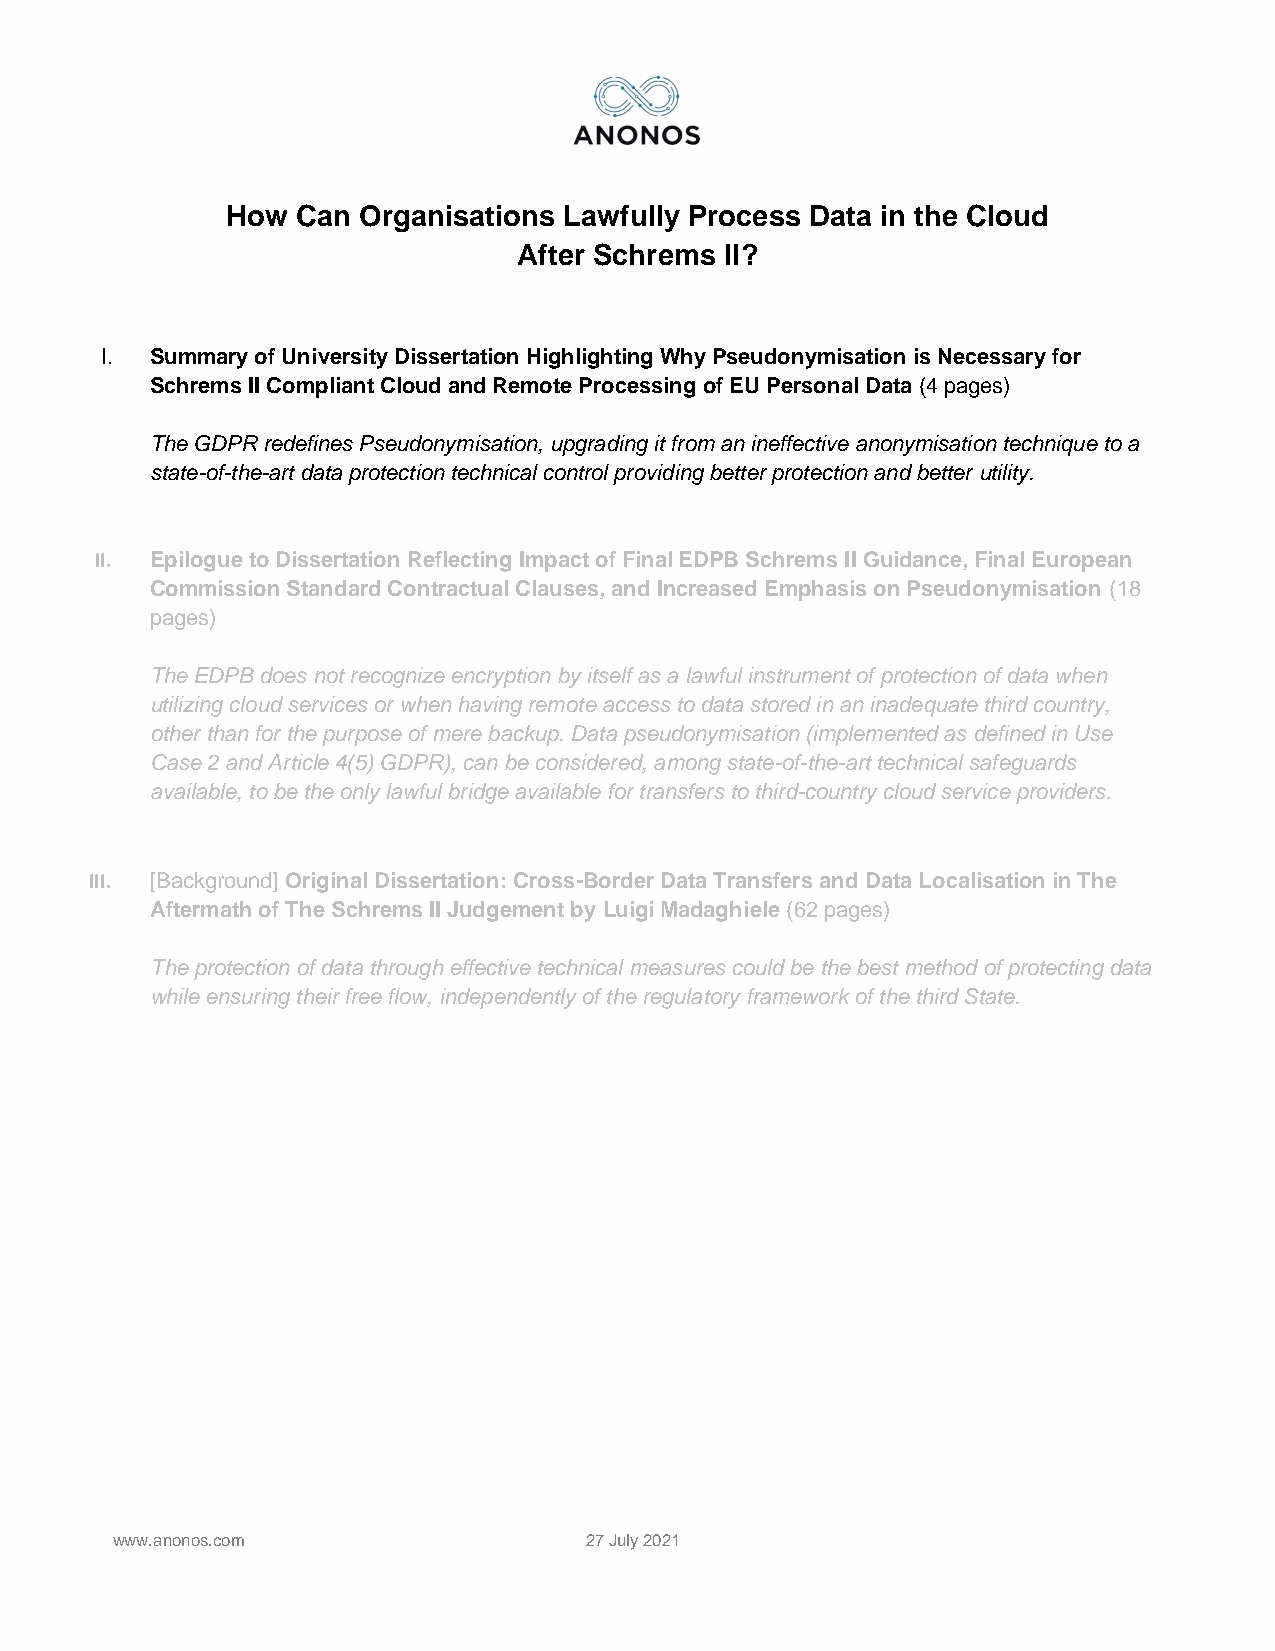
How  Can Organisations Lawfully Process Data in the Cloud
 After Schrems II?
 I. Summary of University Dissertation Highlighting Why Pseudonymisation is Necessary for
 Schrems II Compliant Cloud and Remote Processing of EU Personal Data (4 pages)
 The GDPR redefines Pseudonymisation, upgrading it from an ineffective anonymisation technique to a
 state-of-the-art data protection technical control providing better protection and better utility.
 II. Epilogue to Dissertation Reflecting Impact of Final EDPB Schrems II Guidance, Final European
 Commission Standard Contractual Clauses, and Increased Emphasis on Pseudonymisation (18
 pages)
 The EDPB does not recognize encryption by itself as a lawful instrument of protection of data when
 utilizing cloud services or when having remote access to data stored in an inadequate third country,
 other than for the purpose of mere backup. Data pseudonymisation (implemented as defined in Use
 Case 2 and Article 4(5) GDPR), can be considered, among state-of-the-art technical safeguards
 available, to be the only lawful bridge available for transfers to third-country cloud service providers.
 III. [Background] Original Dissertation: Cross-Border Data Transfers and Data Localisation in The
 Aftermath of The Schrems II Judgement by Luigi Madaghiele (62 pages)
 The protection of data through effective technical measures could be the best method of protecting data
 while ensuring their free flow, independently of the regulatory framework of the third State.
 www.anonos.com                  27 July 2021